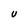
Character: U